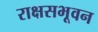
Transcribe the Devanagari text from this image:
राक्षसभूवन